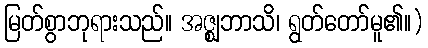
မြတ်စွာဘုရားသည်။ အဇ္ဈဘာသိ၊ ရွတ်တော်မူ၏။)